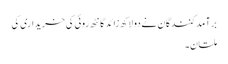
برآمدکنندگان نے دو لاکھ زائد گانٹھ روئی کی خریداری کی
ملتان۔